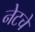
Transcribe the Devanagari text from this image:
नेटचे